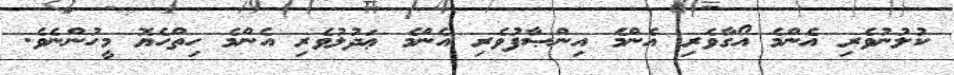
ކުލުނުވެރި އެންމެ އޯގާވެރި އެންމެ އިންޞާފުވެރި އެންމެ ޢަދުލުވެރި އެންމެ ހިތްހެޔޮ މީހުންނެވެ.